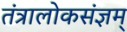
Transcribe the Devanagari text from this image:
तंत्रालोकसंज्ञम्